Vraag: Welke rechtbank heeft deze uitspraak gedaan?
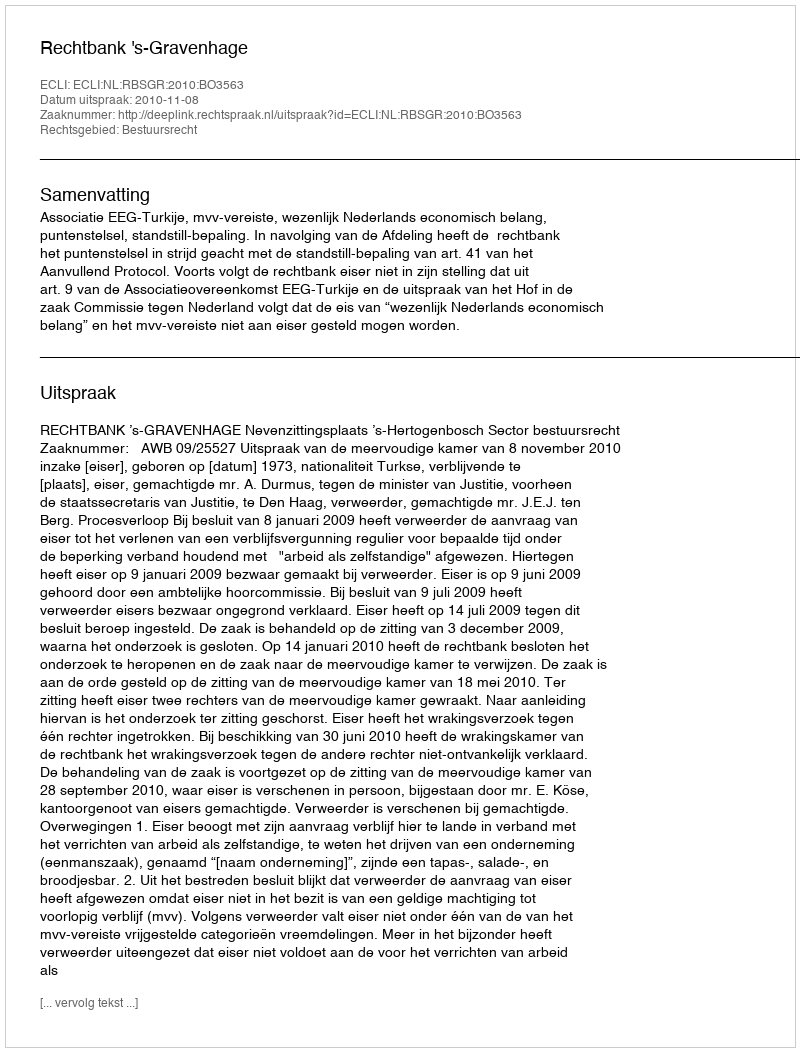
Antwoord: Rechtbank 's-Gravenhage